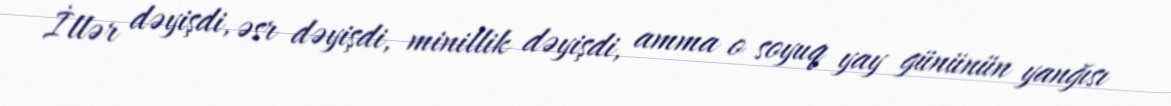
İllər dəyişdi, əsr dəyişdi, minillik dəyişdi, amma o soyuq yay gününün yanğısı